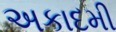
અકાદમી